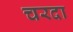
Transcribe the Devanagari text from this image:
चरदा